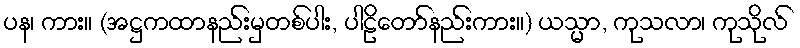
ပန၊ ကား။ (အဋ္ဌကထာနည်းမှတစ်ပါး, ပါဠိတော်နည်းကား။) ယသ္မာ, ကုသလာ၊ ကုသိုလ်